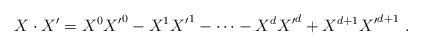
LaTeX: \begin{align*}X\cdot X' = {X^0} {X'}^0 - {X^1} {X'}^1 - \cdots - {X^d}{X'}^d + X^{d+1} {X'}^{d+1}\ .\end{align*}